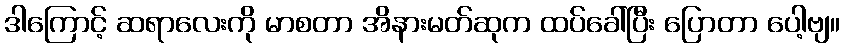
ဒါကြောင့် ဆရာလေးကို မာစတာ အိနားမတ်ဆုက ထပ်ခေါ်ပြီး ပြောတာ ပေါ့ဗျ။